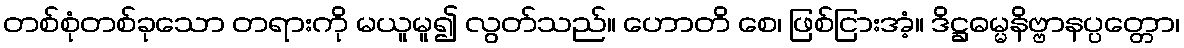
တစ်စုံတစ်ခုသော တရားကို မယူမူ၍ လွတ်သည်။ ဟောတိ စေ၊ ဖြစ်ငြားအံ့။ ဒိဋ္ဌဓမ္မနိဗ္ဗာနပ္ပတ္တော၊